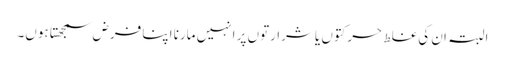
البتہ ان کی غلط حرکتوں یا شرارتوں پر انہیں مارنا اپنا فرض سمجھتا ہوں۔